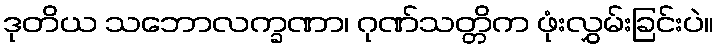
ဒုတိယ သဘောလက္ခဏာ၊ ဂုဏ်သတ္တိက ဖုံးလွှမ်းခြင်းပဲ။